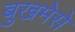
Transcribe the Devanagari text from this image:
बुखमेसे